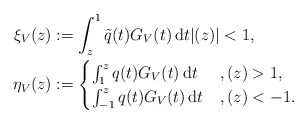
\begin{align*}\xi_V(z) &:= \int_z^1 \tilde{q}(t) G_V(t) \, \mathrm dt |(z)|<1, \\\eta_V(z)&:= \begin{cases} \int_1^z q(t) G_V(t) \, \mathrm dt &, (z)>1,\\ \int_{-1}^z q(t) G_V(t) \, \mathrm dt &, (z)<-1.\end{cases}\end{align*}